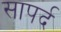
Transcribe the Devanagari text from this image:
सापर्द